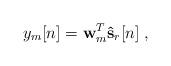
LaTeX: \begin{align*}y_m[n]=\textbf{w}_m^{T}\mathbf{\hat{s}}_r[n]\;,\end{align*}